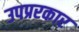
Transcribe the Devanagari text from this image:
उपप्ररकार